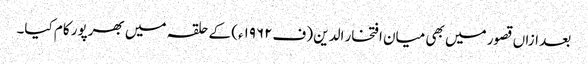
بعد ازاں قصور میں بھی میان افتخار الدین (ف۱۹۶۲ء) کے حلقہ میں بھرپور کام کیا۔